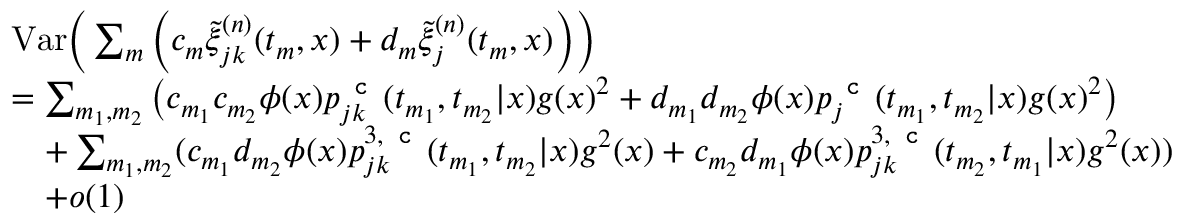
\begin{array} { r l } & { \mathrm { V a r } \bigg ( \sum _ { m } \Big ( c _ { m } \tilde { \xi } _ { j k } ^ { ( n ) } ( t _ { m } , x ) + d _ { m } \tilde { \xi } _ { j } ^ { ( n ) } ( t _ { m } , x ) \Big ) \bigg ) } \\ & { = \sum _ { m _ { 1 } , m _ { 2 } } \big ( c _ { m _ { 1 } } c _ { m _ { 2 } } \phi ( x ) p _ { j k } ^ { \texttt { c } } ( t _ { m _ { 1 } } , t _ { m _ { 2 } } | x ) g ( x ) ^ { 2 } + d _ { m _ { 1 } } d _ { m _ { 2 } } \phi ( x ) p _ { j } ^ { \texttt { c } } ( t _ { m _ { 1 } } , t _ { m _ { 2 } } | x ) g ( x ) ^ { 2 } \big ) } \\ & { \quad + \sum _ { m _ { 1 } , m _ { 2 } } ( c _ { m _ { 1 } } d _ { m _ { 2 } } \phi ( x ) p _ { j k } ^ { 3 , \texttt { c } } ( t _ { m _ { 1 } } , t _ { m _ { 2 } } | x ) g ^ { 2 } ( x ) + c _ { m _ { 2 } } d _ { m _ { 1 } } \phi ( x ) p _ { j k } ^ { 3 , \texttt { c } } ( t _ { m _ { 2 } } , t _ { m _ { 1 } } | x ) g ^ { 2 } ( x ) ) } \\ & { \quad + o ( 1 ) } \end{array}